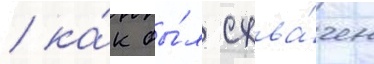
/ ка́к бы́л схва́чен